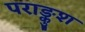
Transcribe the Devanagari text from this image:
पराङ्कुश